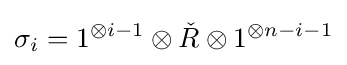
\sigma _{i}=1^{\otimes i-1}\otimes {\check {R}}\otimes 1^{\otimes n-i-1}